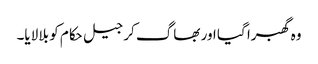
وہ گھبرا گیا اور بھاگ کر جیل حکام کو بلا لایا۔